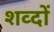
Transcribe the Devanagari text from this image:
शव्‍दों